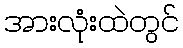
အားလုံးထဲတွင်